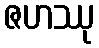
ဇဟဿု